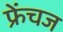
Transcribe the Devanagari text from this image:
फ्रेंचज